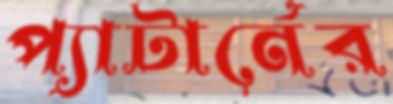
প্যাটার্নের